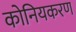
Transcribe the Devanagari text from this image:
कोनियकरण